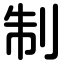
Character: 制